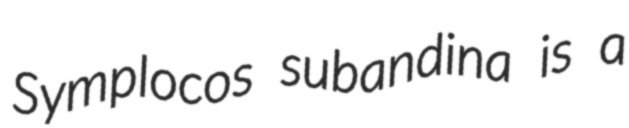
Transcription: Symplocos subandina is a